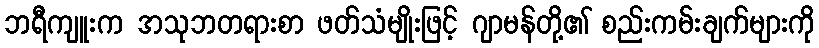
ဘရီကျူးက အသုဘတရားစာ ဖတ်သံမျိုးဖြင့် ဂျာမန်တို့၏ စည်းကမ်းချက်များကို